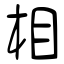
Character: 相